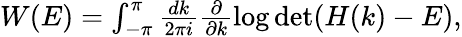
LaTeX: \begin{array}{r}{W(E)=\int_{-\pi}^{\pi}\frac{dk}{2\pi i}\frac{\partial}{\partial k}\log\operatorname*{det}(H(k)-E),}\end{array}